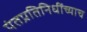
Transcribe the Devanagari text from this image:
पंतप्रतिनिधींच्याच